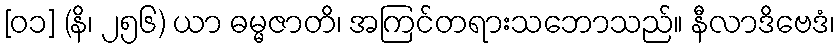
[၀၁] (နိ၊ ၂၅၆) ယာ ဓမ္မဇာတိ၊ အကြင်တရားသဘောသည်။ နီလာဒိဗေဒံ၊